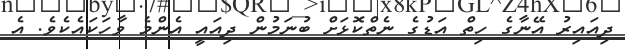
ދިއައިރު އޭނާގެ ހިތް އަޑުގެ ނެތްކޮޅަށް ބުނަމުން ދިއައީ އެންމެ ވާހަކައެކެވެ. އެ